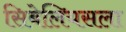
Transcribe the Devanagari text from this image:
सिबेलियसला